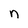
Character: n